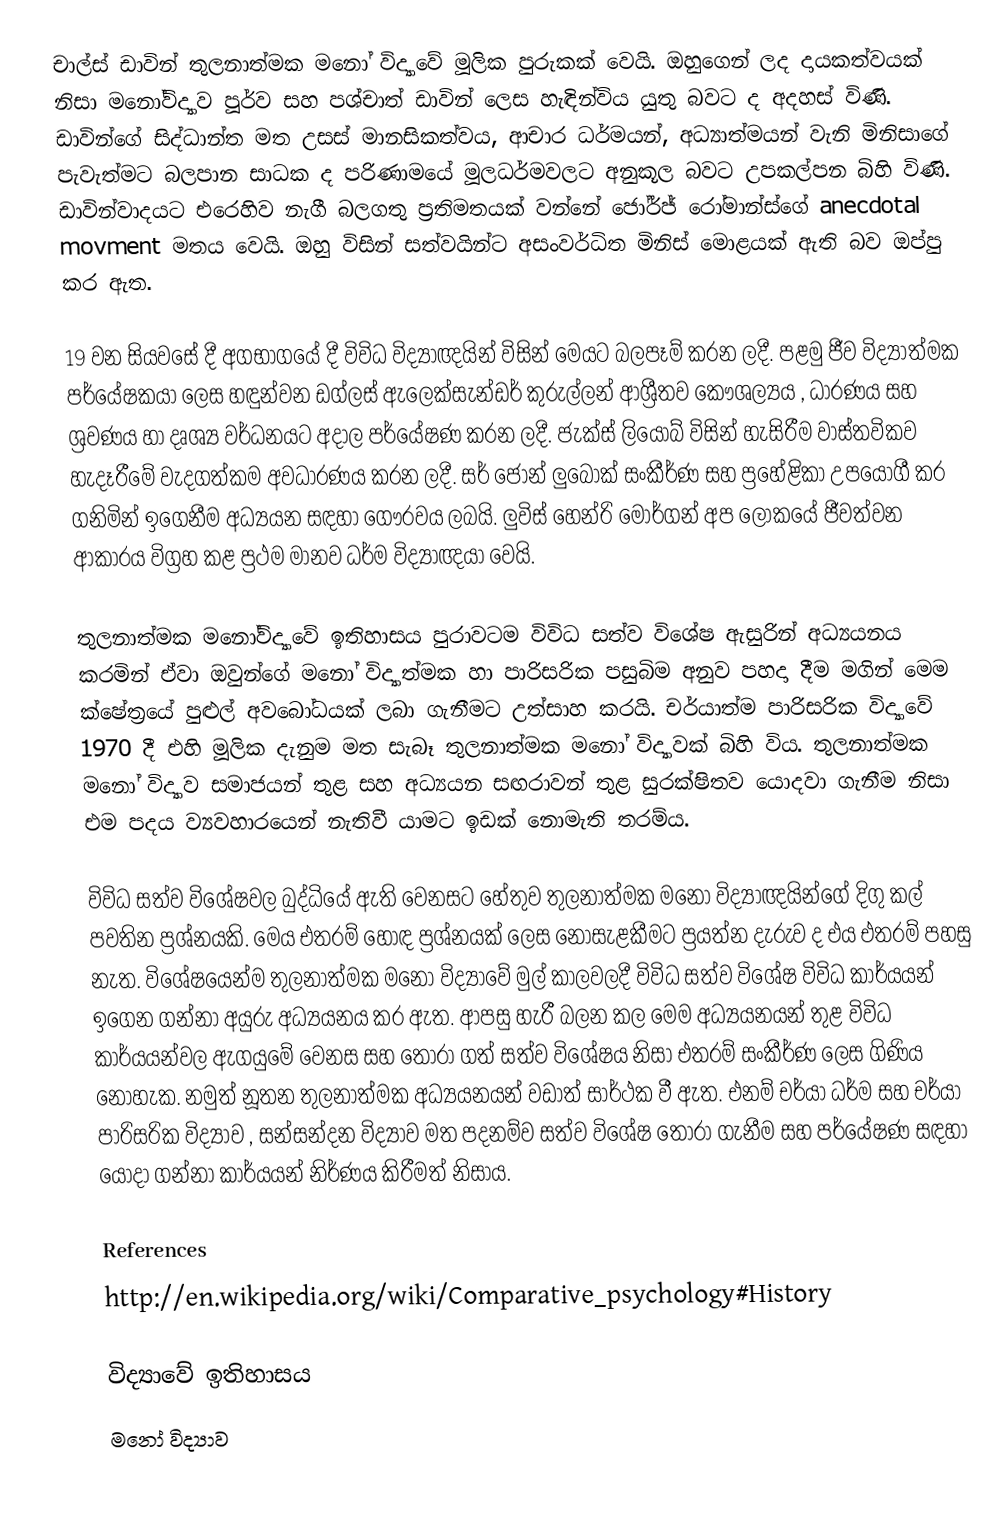
චාල්ස් ඩ‍‍ාවින් තුලනාත්මක මනෝ විද්‍යාවේ මූලික පුරුකක් වෙයි. ඔහුගෙන් ලද දායකත්වයක් නිසා මනෝවිද්‍යාව පූර්ව සහ පශ්චාත් ඩාවින් ලෙස හැඳින්විය යුතු බවට ද අදහස් විණි. ඩාවින්ගේ සිද්ධාන්ත මත උසස් මානසිකත්වය, ආචාර ධර්මයන්, අධ්‍යාත්මයන් වැනි මිනිසාගේ පැවැත්මට බලපාන සාධක ද පරිණාමයේ මූලධර්මවලට අනුකූල බවට උපකල්පන බිහි විණි. ඩාවින්වාදයට එරෙහිව නැගී බලගතු ප්‍රතිමතයක් වන්නේ ජෝර්ජ් රෝමාන්ස්ගේ anecdotal movment මතය වෙයි. ඔහු විසින් සත්වයින්ට අසංවර්ධිත මිනිස් මොළයක් ඇති බව ඔප්පු කර ඇත.

19 වන සියවසේ දී අගභාගයේ දී විවිධ විද්‍යාඥයින් විසින් මෙයට බලපෑම් කරන ලදී. පළමු ජීව විද්‍යාත්මක පර්යේෂකයා ලෙස හඳුන්වන ඩග්ලස් ඇලෙක්සැන්ඩර් කුරුල්ලන් ආශ්‍රීතව කෞශල්‍යය , ධාරණය  සහ ශ්‍රවණය හා දෘශ්‍ය වර්ධනයට අදාල පර්යේෂණ කරන ලදී. ජැක්ස් ලියොබ් විසින් හැසිරීම වාස්තවිකව හැදෑරීමේ වැදගත්කම අවධාරණය කරන ලදී. සර් ජෝන් ලුබොක් සංකීර්ණ සහ ප්‍රහේළිකා උපයෝගී කර ගනිමින් ඉගෙනීම අධ්‍යයන සඳහා ගෞරවය ලබයි. ලුවිස් හෙන්රි මෝර්ගන් අප ලෝකයේ ජීවත්වන ආකාරය විග්‍රහ කළ ප්‍රථම මානව ධර්ම විද්‍යාඥයා වෙයි.

තුලනාත්මක මනෝවිද්‍යාවේ ඉතිහාසය පුරාවටම විවිධ සත්ව විශේෂ ඇසුරින් අධ්‍යයනය කරමින් ඒවා ඔවුන්ගේ මනෝ විද්‍යාත්මක හා පාරිසරික පසුබිම අනුව පහදා දීම මගින් මෙම ක්ෂේත්‍රයේ පුළුල් අවබෝධයක් ලබා ගැනීමට උත්සාහ කරයි. චර්යාත්ම පාරිසරික විද්‍යාවේ 1970 දී එහි මූලික දැනුම මත සැබෑ තුලනාත්මක මනෝ විද්‍යාවක් බිහි විය. තුලනාත්මක මනෝ විද්‍යාව සමාජයන් තුළ සහ අධ්‍යයන සඟරාවන් තුළ සුරක්ෂිතව යොදවා ගැනීම නිසා එම පදය ව්‍යවහාරයෙන් නැතිවී යාමට ඉඩක් නොමැති තරම්ය.

විවිධ සත්ව විශේෂවල බුද්ධියේ ඇති වෙනසට හේතුව තුලනාත්මක මනෝ විද්‍යාඥයින්ගේ දිගු කල් පවතින ප්‍රශ්නයකි. මෙය  එතරම් හොඳ ප්‍රශ්නයක් ලෙස නොසැළකීමට ප්‍රයත්න දැරුව ද එය එතරම් පහසු නැත. විශේෂයෙන්ම තුලනාත්මක මනෝ විද්‍යාවේ මුල් කාලවලදී විවිධ සත්ව විශේෂ විවිධ කාර්යයන් ඉගෙන ගන්නා අයුරු අධ්‍යයනය කර ඇත. ආපසු හැරී බලන කල මෙම අධ්‍යයනයන් තුළ විවිධ කාර්යයන්වල ඇගයුමේ වෙනස සහ තෝරා ගත් සත්ව විශේෂය නිසා එතරම් සංකීර්ණ ලෙස ගිණිය නොහැක. නමුත් නූතන තුලනාත්මක අධ්‍යයනයන් වඩාත් සාර්ථක වී ඇත. එනම් චර්යා ධර්ම සහ චර්යා පාරිසරික විද්‍යාව , සන්සන්දන විද්‍යාව මත පදනම්ව සත්ව විශේෂ තෝරා ගැනීම සහ පර්යේෂණ සඳහා යොදා ගන්නා කාර්යයන් නිර්ණය කිරීමත් නිසාය.

References
http://en.wikipedia.org/wiki/Comparative_psychology#History

විද්‍යා‍වේ ඉතිහාසය
මනෝ විද්‍යාව